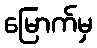
မြောက်မှ